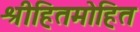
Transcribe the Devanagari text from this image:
श्रीहितमोहित